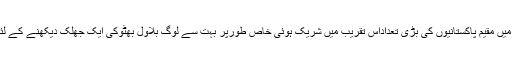
ناروے میں مقیم پاکستانیوں کی بڑی تعداداس تقریب میں شریک ہوئی خاص طورپر بہت سے لوگ بلاول بھٹوکی ایک جھلک دیکھنے کے لئے آئے۔